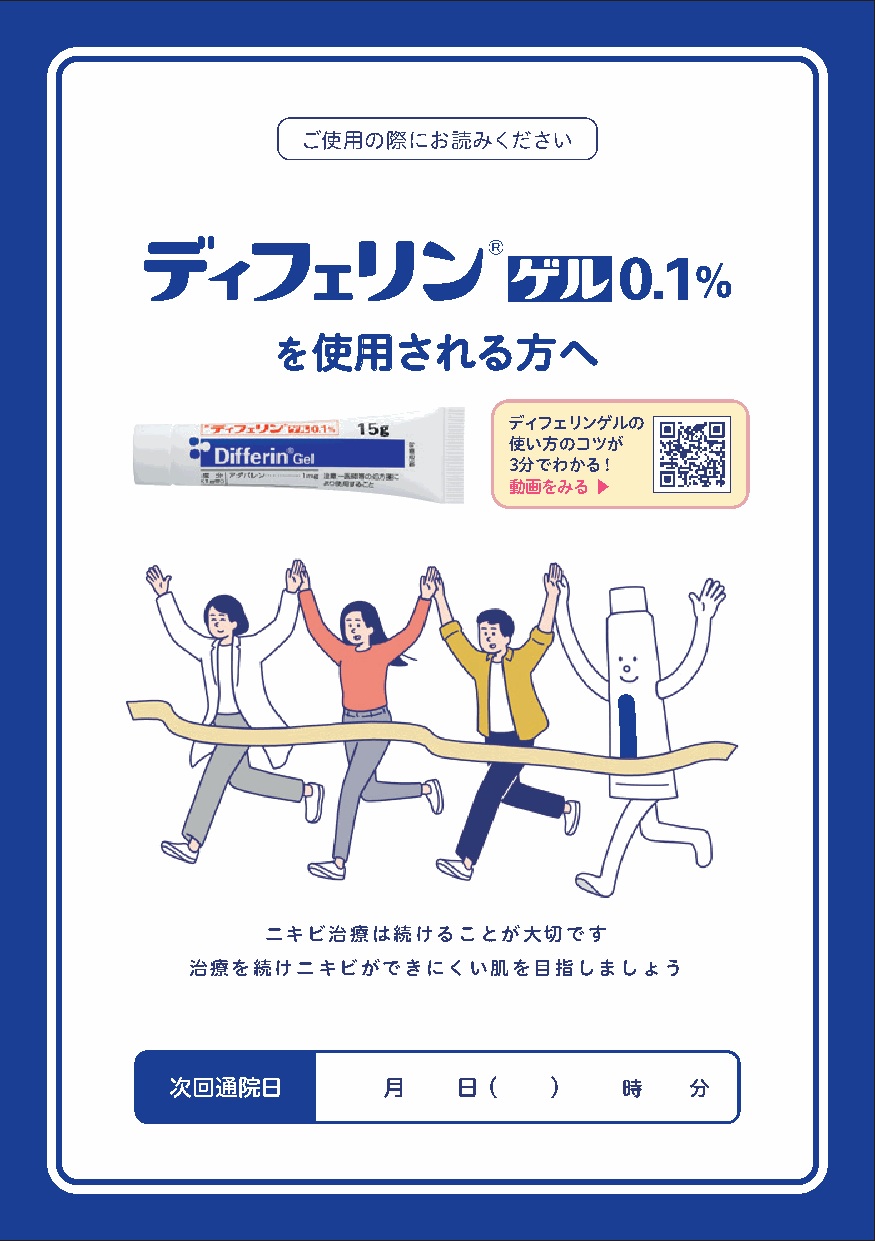
正しい洗顔方法 知っていますか？
 ご使用の際にお読みください
 洗顔は、朝晩の1日2回が基本です。ニキビをつぶさないよう、強く
 こすらずやさしく洗うことが大切です。洗顔料は、ニキビのできに
 くいことが確認されている（ノンコメドジェニックテスト済み）製品
 や低刺激のものを選びましょう。
 を使用される方へ
 ディフェリンゲルの
 使い方のコツが
 3分でわかる！
 step1 step2 step3
 動画をみる ▶
 弾力のある泡で ぬるま湯で、洗い残し やわらかいタオルで
 包み込むように洗う がないようにすすぐ 押さえるようにふく
 動画で確認しましょう！ お役立ちコンテンツ
 ニキビはなぜ
 くり返す？ ニキビ治療
 ニキビについて 応援アプリ
 2分で解説！
 ニキビ治療は続けることが大切です
 医療機関名
 治療を続けニキビができにくい肌を目指しましょう
 次回通院日         月    日（    ）    時    分
 2021年1月作成
 5041604001 A1019CZ-NJ